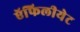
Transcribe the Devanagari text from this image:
ऍफिलीयेट